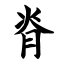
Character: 脊